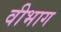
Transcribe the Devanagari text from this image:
वीभाग